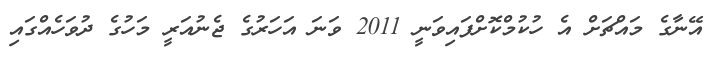
އޭނާގެ މައްޗަށް އެ ހުކުމްކޮށްފައިވަނީ 2011 ވަނަ އަހަރުގެ ޖެނުއަރީ މަހުގެ ދުވަހެއްގައި